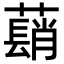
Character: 𦿃